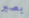
بصبر